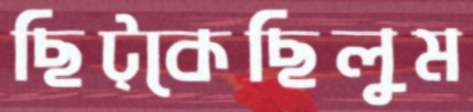
ছিট্‌কেছিলুম